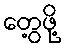
တွေ့ဖို့